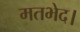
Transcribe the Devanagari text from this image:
मतभेद।